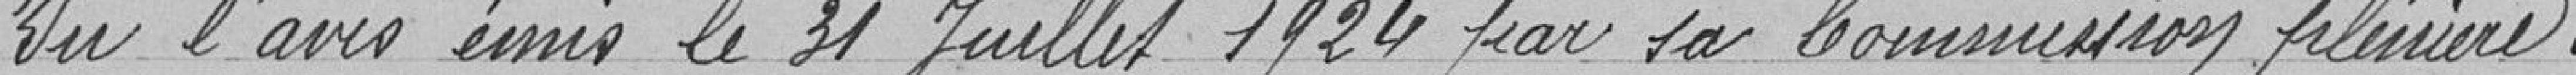
Vu l'avis émis le 31 juillet 1924 par sa Commission plénière.